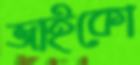
জাইকো